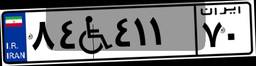
۸۴W۴۱۱۷۰